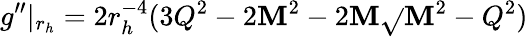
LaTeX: g^{\prime\prime}|_{r_{h}}=2r_{h}^{-4}(3Q^{2}-2\mathbf{M}^{2}-2\mathbf{M}\sqrt{}{{\mathbf{M}^{2}-Q^{2}}})